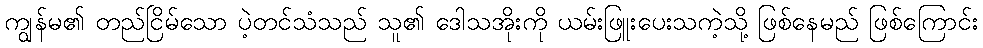
ကျွန်မ၏ တည်ငြိမ်သော ပဲ့တင်သံသည် သူ၏ ဒေါသအိုးကို ယမ်းဖြူးပေးသကဲ့သို့ ဖြစ်နေမည် ဖြစ်ကြောင်း